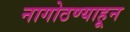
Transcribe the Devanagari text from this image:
नागोठण्याहून